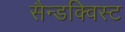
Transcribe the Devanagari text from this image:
सैन्डक्विस्ट